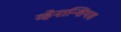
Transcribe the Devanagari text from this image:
व्हेनान्शियस